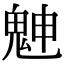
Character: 䰠